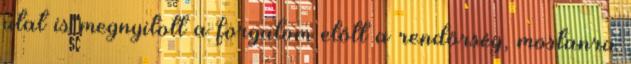
utat is megnyitott a forgalom előtt a rendőrség, mostanra